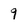
Character: 9